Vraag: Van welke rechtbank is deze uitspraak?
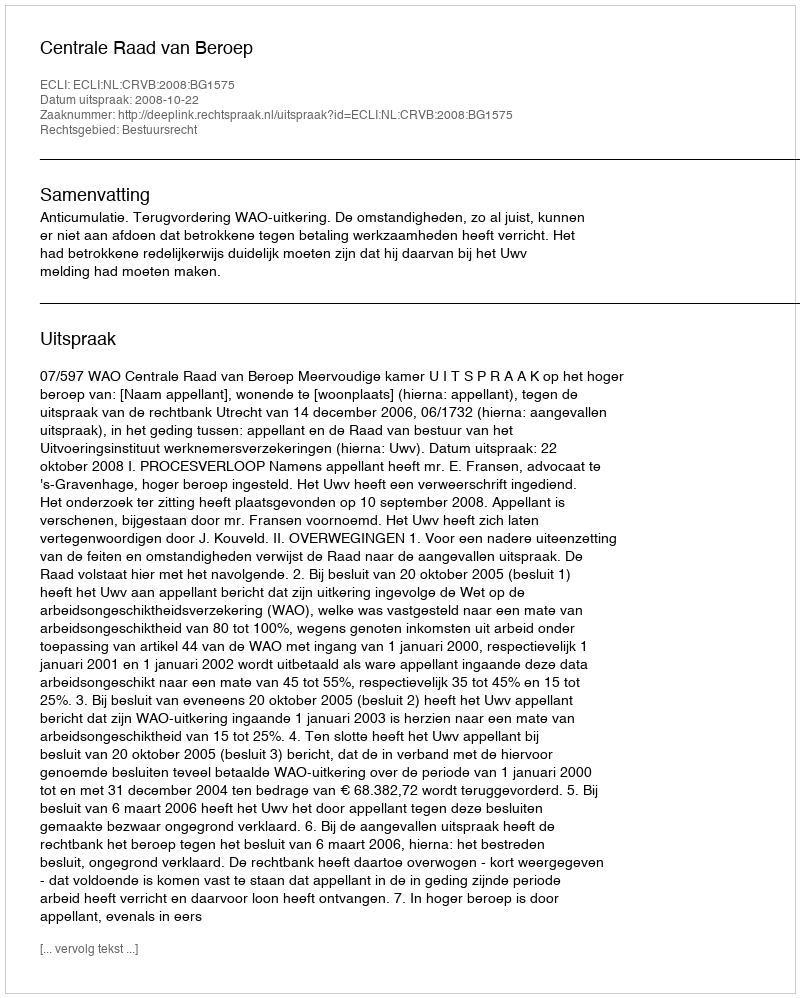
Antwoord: Centrale Raad van Beroep